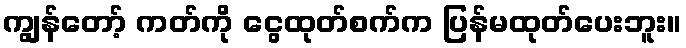
ကျွန်တော့် ကတ်ကို ငွေထုတ်စက်က ပြန်မထုတ်ပေးဘူး။